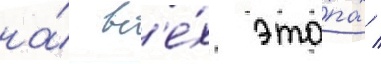
на́ вс'е́х эта́пах /